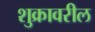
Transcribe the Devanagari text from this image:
शुक्रावरील